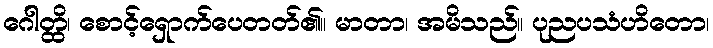
ဂေါတ္ထိ၊ စောင့်ရှောက်ပေတတ်၏။ မာတာ၊ အမိသည်။ ပုညပသံဟိတော၊